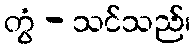
တွံ - သင်သည်၊